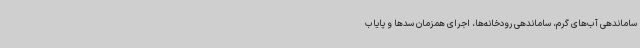
ساماندهی آب‌های گرم، ساماندهی رودخانه‌ها، اجرای همزمان سدها و پایاب